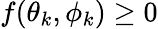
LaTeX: f(\theta_{k},\phi_{k})\ge 0